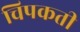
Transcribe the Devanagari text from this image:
चिपकती